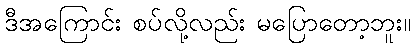
ဒီအကြောင်း စပ်လို့လည်း မပြောတော့ဘူး။